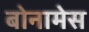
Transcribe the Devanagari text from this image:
बोनामेस